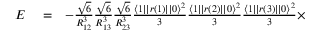
\begin{array} { r l r } { E } & { { } = } & { - \frac { \sqrt { 6 } } { R _ { 1 2 } ^ { 3 } } \frac { \sqrt { 6 } } { R _ { 1 3 } ^ { 3 } } \frac { \sqrt { 6 } } { R _ { 2 3 } ^ { 3 } } \frac { \langle 1 | | r ( 1 ) | | 0 \rangle ^ { 2 } } { 3 } \frac { \langle 1 | | r ( 2 ) | | 0 \rangle ^ { 2 } } { 3 } \frac { \langle 1 | | r ( 3 ) | | 0 \rangle ^ { 2 } } { 3 } \times } \end{array}